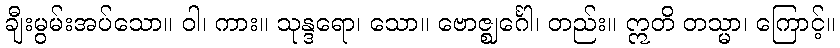
ချီးမွမ်းအပ်သော။ ဝါ၊ ကား။ သုန္ဒရော၊ သော။ ဗောဇ္ဈင်္ဂေါ၊ တည်း။ ဣတိ တသ္မာ၊ ကြောင့်။